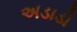
અડાડો